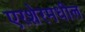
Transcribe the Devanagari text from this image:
एरशेरमधील